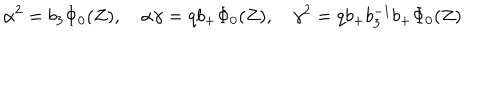
\alpha ^ { 2 } = b _ { 3 } \Phi _ { 0 } ( Z ) , \quad \alpha \gamma = q b _ { + } \Phi _ { 0 } ( Z ) , \quad \gamma ^ { 2 } = q b _ { + } b _ { 3 } ^ { - 1 } b _ { + } \Phi _ { 0 } ( Z )